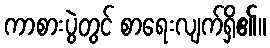
ကာစားပွဲတွင် စာရေးလျက်ရှိ၏။